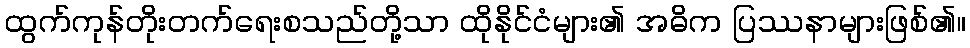
ထွက်ကုန်တိုးတက်ရေးစသည်တို့သာ ထိုနိုင်ငံများ၏ အဓိက ပြဿနာများဖြစ်၏။